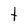
Character: t